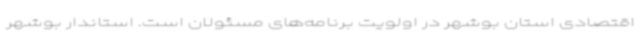
اقتصادی استان بوشهر در اولویت برنامه‌های مسئولان است. استاندار بوشهر